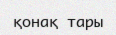
қонақ тары